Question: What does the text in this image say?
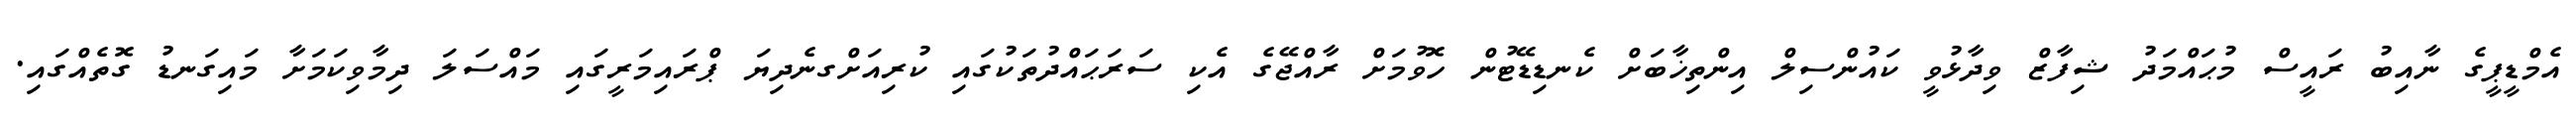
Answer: އެމްޑީޕީގެ ނާއިބު ރައީސް މުޙައްމަދު ޝިފާޒް ވިދާޅުވީ ކައުންސިލް އިންތިޚާބަށް ކެނޑިޑޭޓުން ހޮވުމަށް ރާއްޖޭގެ އެކި ސަރަޙައްދުތަކުގައި ކުރިއަށްގނެދިޔަ ޕްރައިމަރީގައި މައްސަލަ ދިމާވިކަމަށާ މައިގަނޑު ގޮތެއްގައި.